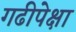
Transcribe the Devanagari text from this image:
गढीपेक्षा